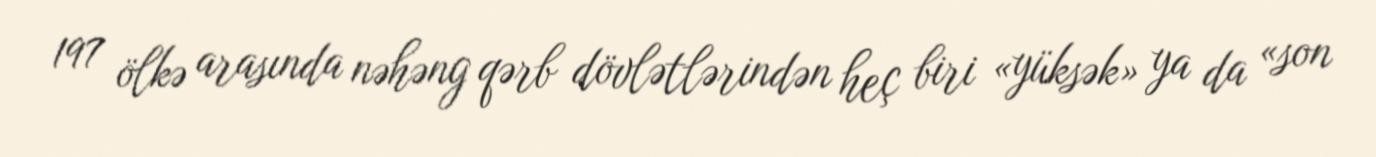
197 ölkə arasında nəhəng qərb dövlətlərindən heç biri «yüksək» ya da «son